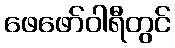
ဖေဖော်ဝါရီတွင်